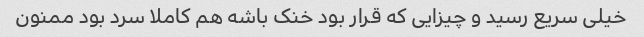
خیلی سریع رسید و چیزایی که قرار بود خنک باشه هم کاملا سرد بود ممنون